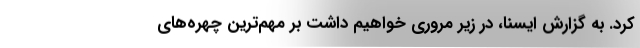
کرد. به گزارش ایسنا، در زیر مروری خواهیم داشت بر مهم‌ترین چهره‌های